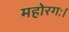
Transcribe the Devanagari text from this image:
महोरगः।